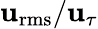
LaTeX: \mathbf{u}_{\mathrm{{rms}}}/\mathbf{u}_{\tau}